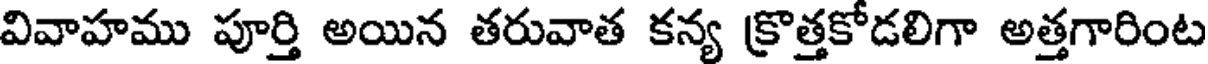
వివాహము పూర్తి అయిన తరువాత కన్య క్రొత్తకోడలిగా అత్తగారింట